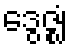
ဒွေဇ္ဈံ